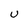
Character: U